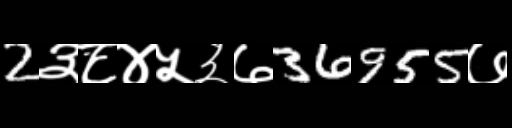
Text: 2३८४५३७36955७